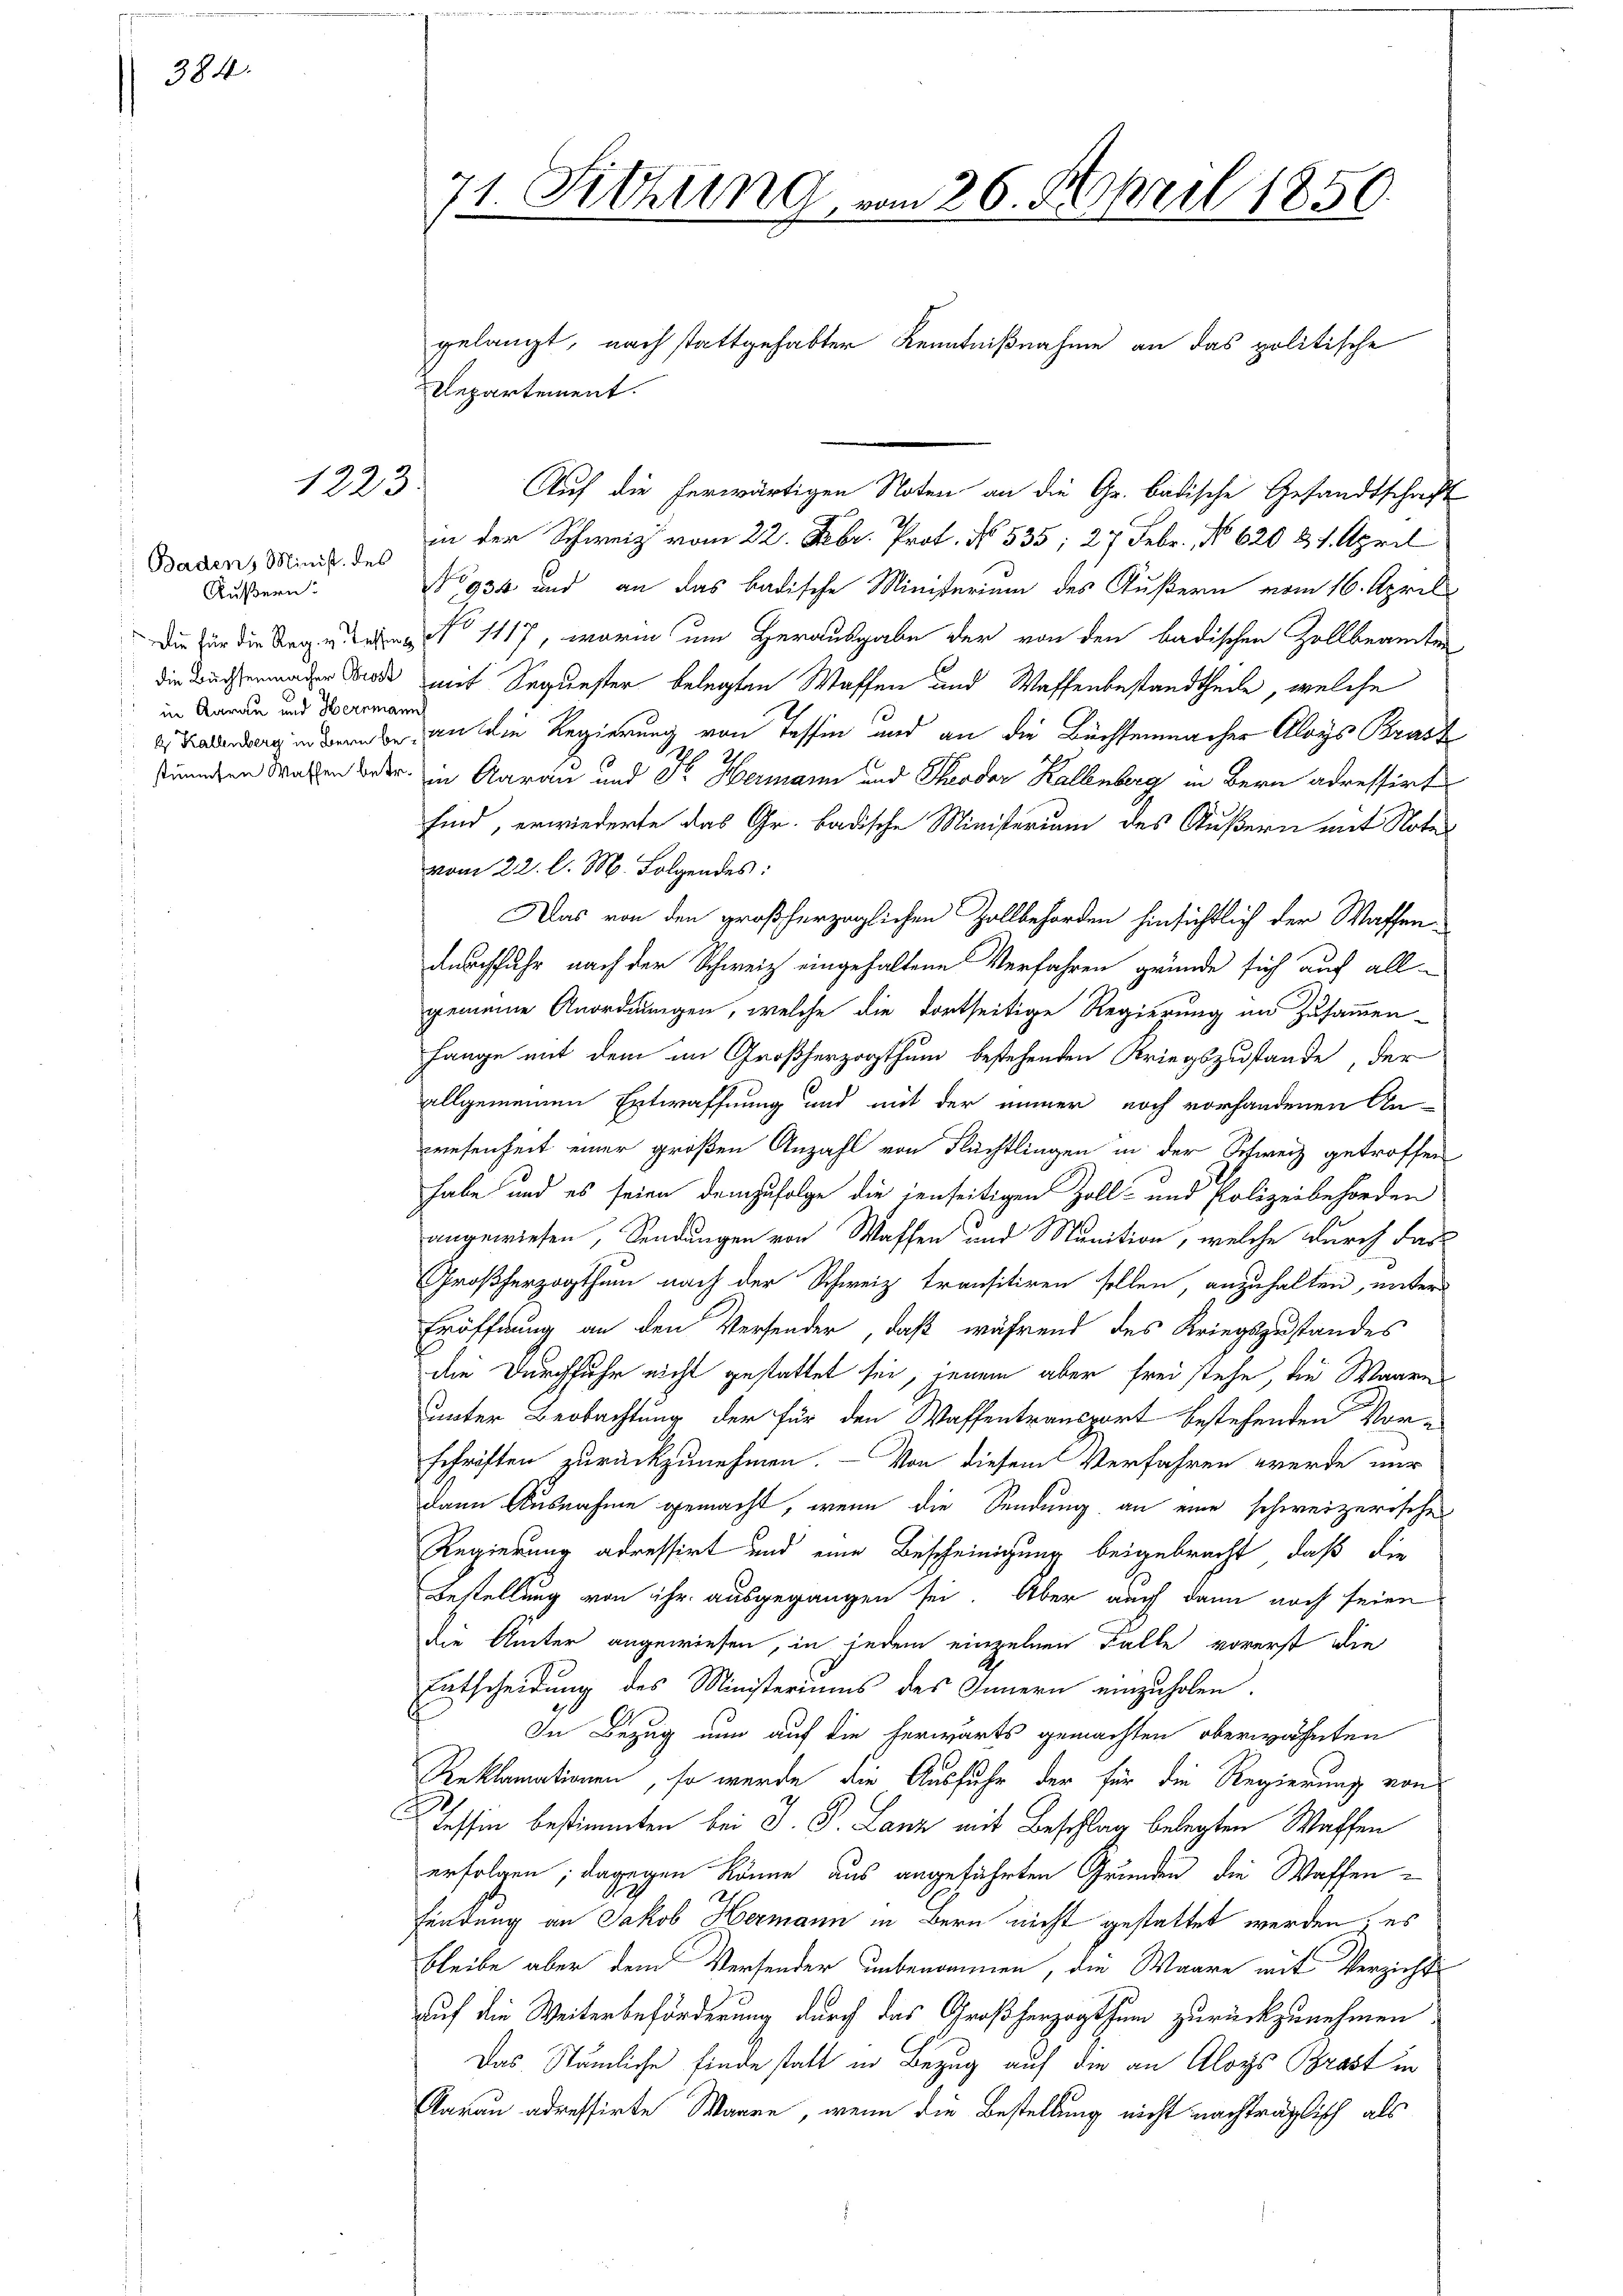
384.

1223.

Baden, Minist. des
Äußern.
in Aarau und Herrmann

71. Sitzung, vom 26. April 1850.

Repartement.

gelangt, nach stattgehabter Kenntnißnahme an das politische

Auf die herwärtigen Noten an die Gr. Badische Gesandtschrift
in der Schweiz vom 22. Febr. Prot. No. 535; 27 Febr., No 620 & 1. April
No 936 und an das badische Ministerium des Äußern vom 16. April
Die für die Tage des No 1117, worin um Herausgabe der von den badischen Zollbeamten
die Büchermacher Brode mit Sequester belegten Waffen und Waffenbestandtheile, welche
g in der an die Regierung von Tessin und an die Büchsenmacher Aloys Brach
ständen Wahlen oder in Aarau und Fr. Hermann und Theodor Kallenberg in Bern adressirt
sind, erwiederte das Gr. badische Ministerium des Äußern mit Notavom 22. l. M. Folgendes:
Das von den großherzoglichen Zollbehörden hinsichtlich der Waffendurchfuhr nach der Schweiz eingehaltene Verfahren gründe sich auf allgemeine Anordnungen, welche die dortseitige Regierung im Zusammen-
fange mit dem im Großherzogthum bestehenden Kriegszustande, der
allgemeinen Entwaffnung und mit der immer noch vorhandenen An
wesenheit einer großen Anzahl von Flüchtlingen in der Schweiz getroffen
habe und es seien demzufolge die jenseitigen Zoll- und Polizeibehörden
angewiesen, Sendungen von Waffen und Munition, welche durch das
Großherzogthum nach der Schweiz transitiren sollen anzuhalten, unter
Eröffnung an den Versender, daß während des Kriegszustandes
die Durchfuhr nicht gestattet sei, jenem aber frei stehe, die Waare
unter Beobachtung der für den Waffentransport bestehenden Vorschriften zurückzunehmen. - Von diesem Verfahren werde nur
dann Ausnahme gemacht, wenn die Sendung an eine schweizerisches
Regierung adressirt und eine Bescheinigung beigebracht, daß die
Bestellung von ihr ausgegangen sei. Aber auch dann noch seien
die Ämter angewiesen, in jedem einzelnen Falle vorerst die
Entscheidung des Ministeriums des Innern einzuholen.
In Bezug nun auf die herwärts gemachten oberwähnten
Reklamationen, so wurde die Ausfuhr der für die Regierung von
Tessin bestimmten bei J. P. Lanz mit Beschlag belegten Waffen
erfolgen; dagegen könne aus angeführten Grunden die Waffenfindung an Jakob Hermann in Bern nicht gestattet werden; es
bleibe aber dem Versender unbenommen, die Waare mit Verzicht
auf die Weiterbeförderung durch das Großherzogthum zurückzunehmen
Das Nämliche finde statt in Bezug auf die an Aloys Brast in
Aarau adressirte Waare, wenn die Bestellung nicht nachträglisch als